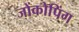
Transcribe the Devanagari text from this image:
जोंकोपिंग